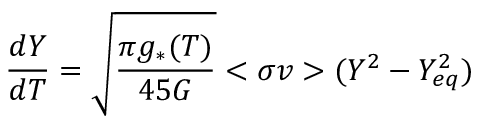
\frac { d Y } { d T } = \sqrt { \frac { \pi g _ { * } ( T ) } { 4 5 G } } < \sigma v > ( Y ^ { 2 } - Y _ { e q } ^ { 2 } )